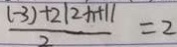
\frac { ( - 3 ) + 2 \vert 2 x + 1 \vert } { 2 } = 2